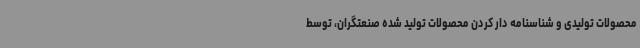
محصولات تولیدی و شناسنامه دار کردن محصولات تولید شده صنعتگران، توسط